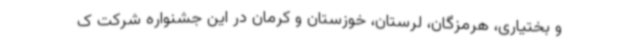
و بختیاری، هرمزگان، لرستان، خوزستان و کرمان در این جشنواره شرکت ک